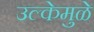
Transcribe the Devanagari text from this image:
उल्केमुळे